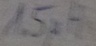
Text: 1.5µH